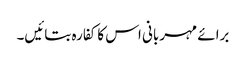
برائے مہربانی اس کا کفارہ بتائیں۔